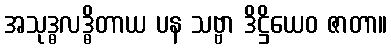
အသုဒ္ဓလဒ္ဓိတာယ ပန သဗ္ဗာ ဒိဋ္ဌိယေဝ ဇာတာ။